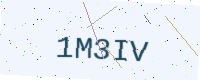
Text: 1M3IV